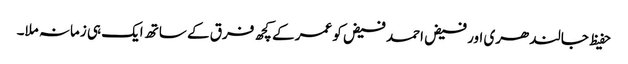
حفیظ جالندھری اور فیض احمد فیض کو عمر کے کچھ فرق کے ساتھ ایک ہی زمانہ ملا۔